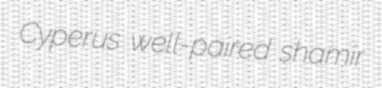
Cyperus well-paired shamir